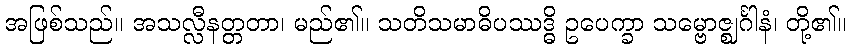
အဖြစ်သည်။ အသလ္လီနတ္တတာ၊ မည်၏။ သတိသမာဓိပဿဒ္ဓိ ဥပေက္ခာ သမ္ဗောဇ္ဈင်္ဂါနံ၊ တို့၏။